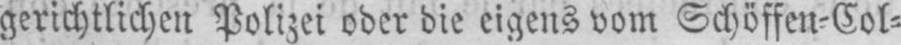
gerichtlichen Polizei oder die eigens vom Schöffen⸗Col⸗